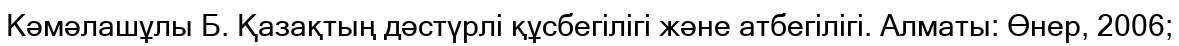
Кәмәлашұлы Б. Қазақтың дәстүрлі құсбегілігі және атбегілігі. Алматы: Өнер, 2006;